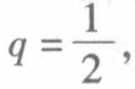
\(q = \frac{1}{2},\)